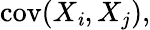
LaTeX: \operatorname{cov}(X_{\mathit{i}},X_{j}),